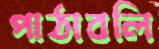
পাঠাবলি